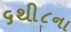
૬થી૮ના